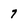
Character: 7